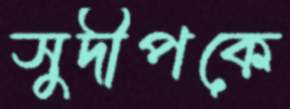
সুদীপকে